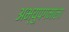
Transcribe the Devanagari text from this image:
अभ्युपगमाला